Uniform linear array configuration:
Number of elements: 48
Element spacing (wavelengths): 1
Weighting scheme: cosine
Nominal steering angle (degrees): -30
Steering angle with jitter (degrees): -28.514
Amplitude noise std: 0.05
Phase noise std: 0.05

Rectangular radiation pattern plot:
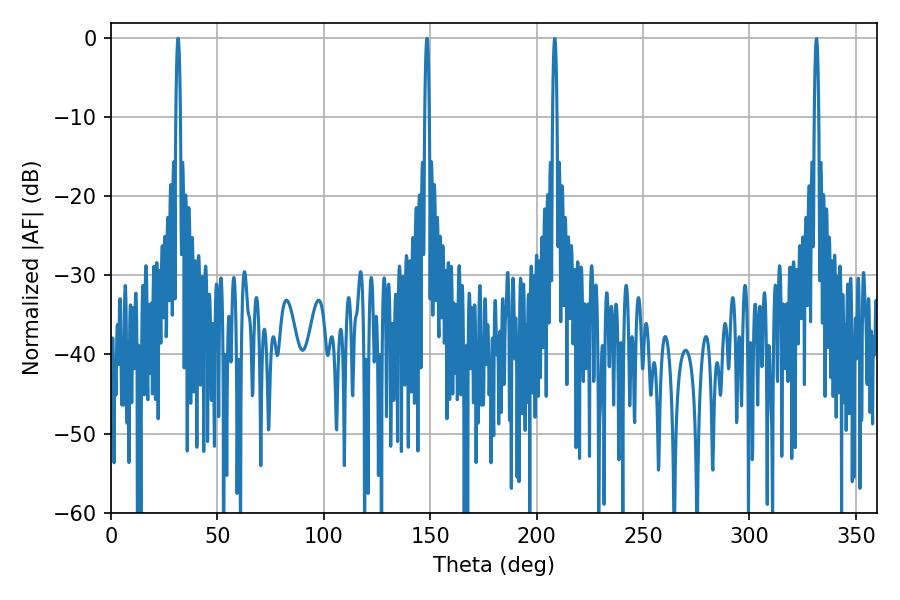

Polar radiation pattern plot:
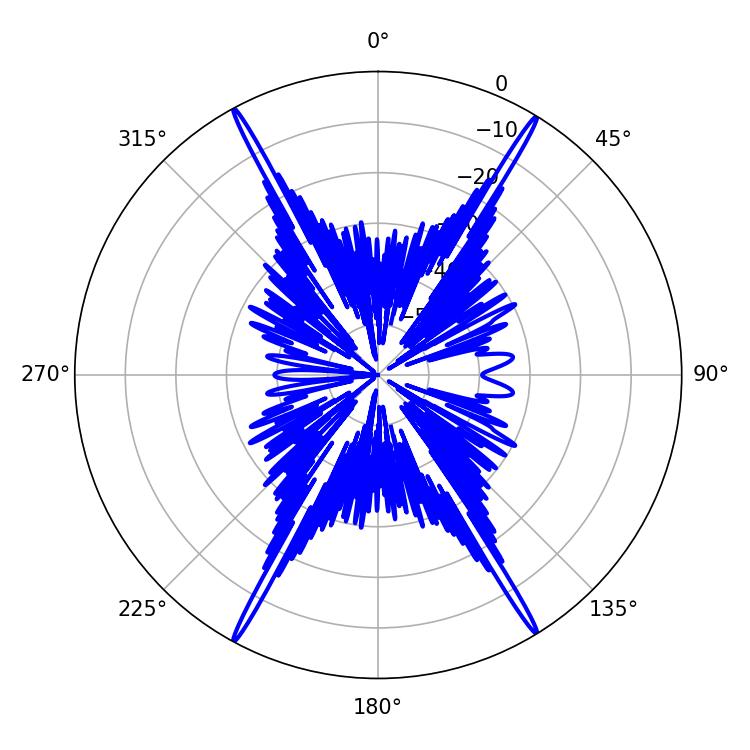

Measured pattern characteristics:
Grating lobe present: TRUE
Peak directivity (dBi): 28.156
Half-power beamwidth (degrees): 1.08
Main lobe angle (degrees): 148.5